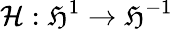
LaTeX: \mathcal{H}:\mathfrak{H}^{1}\to\mathfrak{H}^{-1}